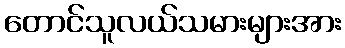
တောင်သူလယ်သမားများအား